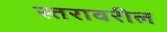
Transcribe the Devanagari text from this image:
स्‍तरावरील